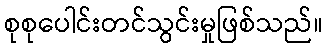
စုစုပေါင်းတင်သွင်းမှုဖြစ်သည်။